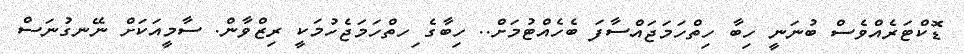
ޑޮކްޓަރެއްވެސް ބުނަނީ ހިބާ ހިތްހަމަޖައްސާފަ ބެހެއްޓުމަށް.. ހިބާގެ ިހތްހަމަޖެހުމަކީ ރިޒްވާން. ސާމީއަކަށް ނޭނގުނަސް